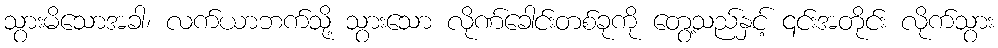
သွားမိသောအခါ၊ လက်ယာဘက်သို့ သွားသော လိုဏ်ခေါင်းတစ်ခုကို တွေ့သည်နှင့် ၎င်းအတိုင်း လိုက်သွား